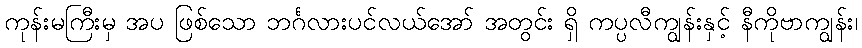
ကုန်းမကြီးမှ အပ ဖြစ်သော ဘင်္ဂလားပင်လယ်အော် အတွင်း ရှိ ကပ္ပလီကျွန်းနှင့် နီကိုဗာကျွန်း၊